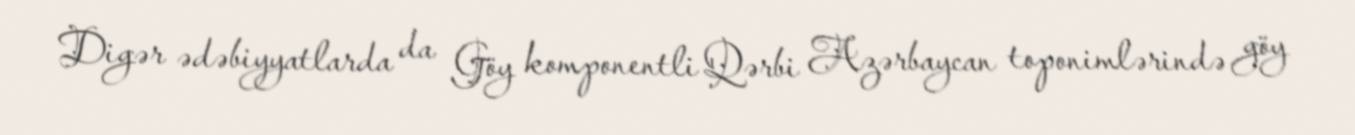
Digər ədəbiyyatlarda da Göy komponentli Qərbi Azərbaycan toponimlərində göy